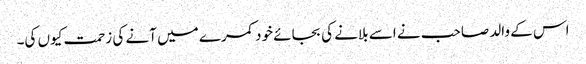
اس کے والد صاحب نے اسے بلانے کی بجائے خود کمرے میں آنے کی زحمت کیوں کی۔